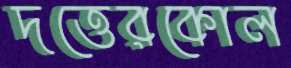
দত্তেরকোল